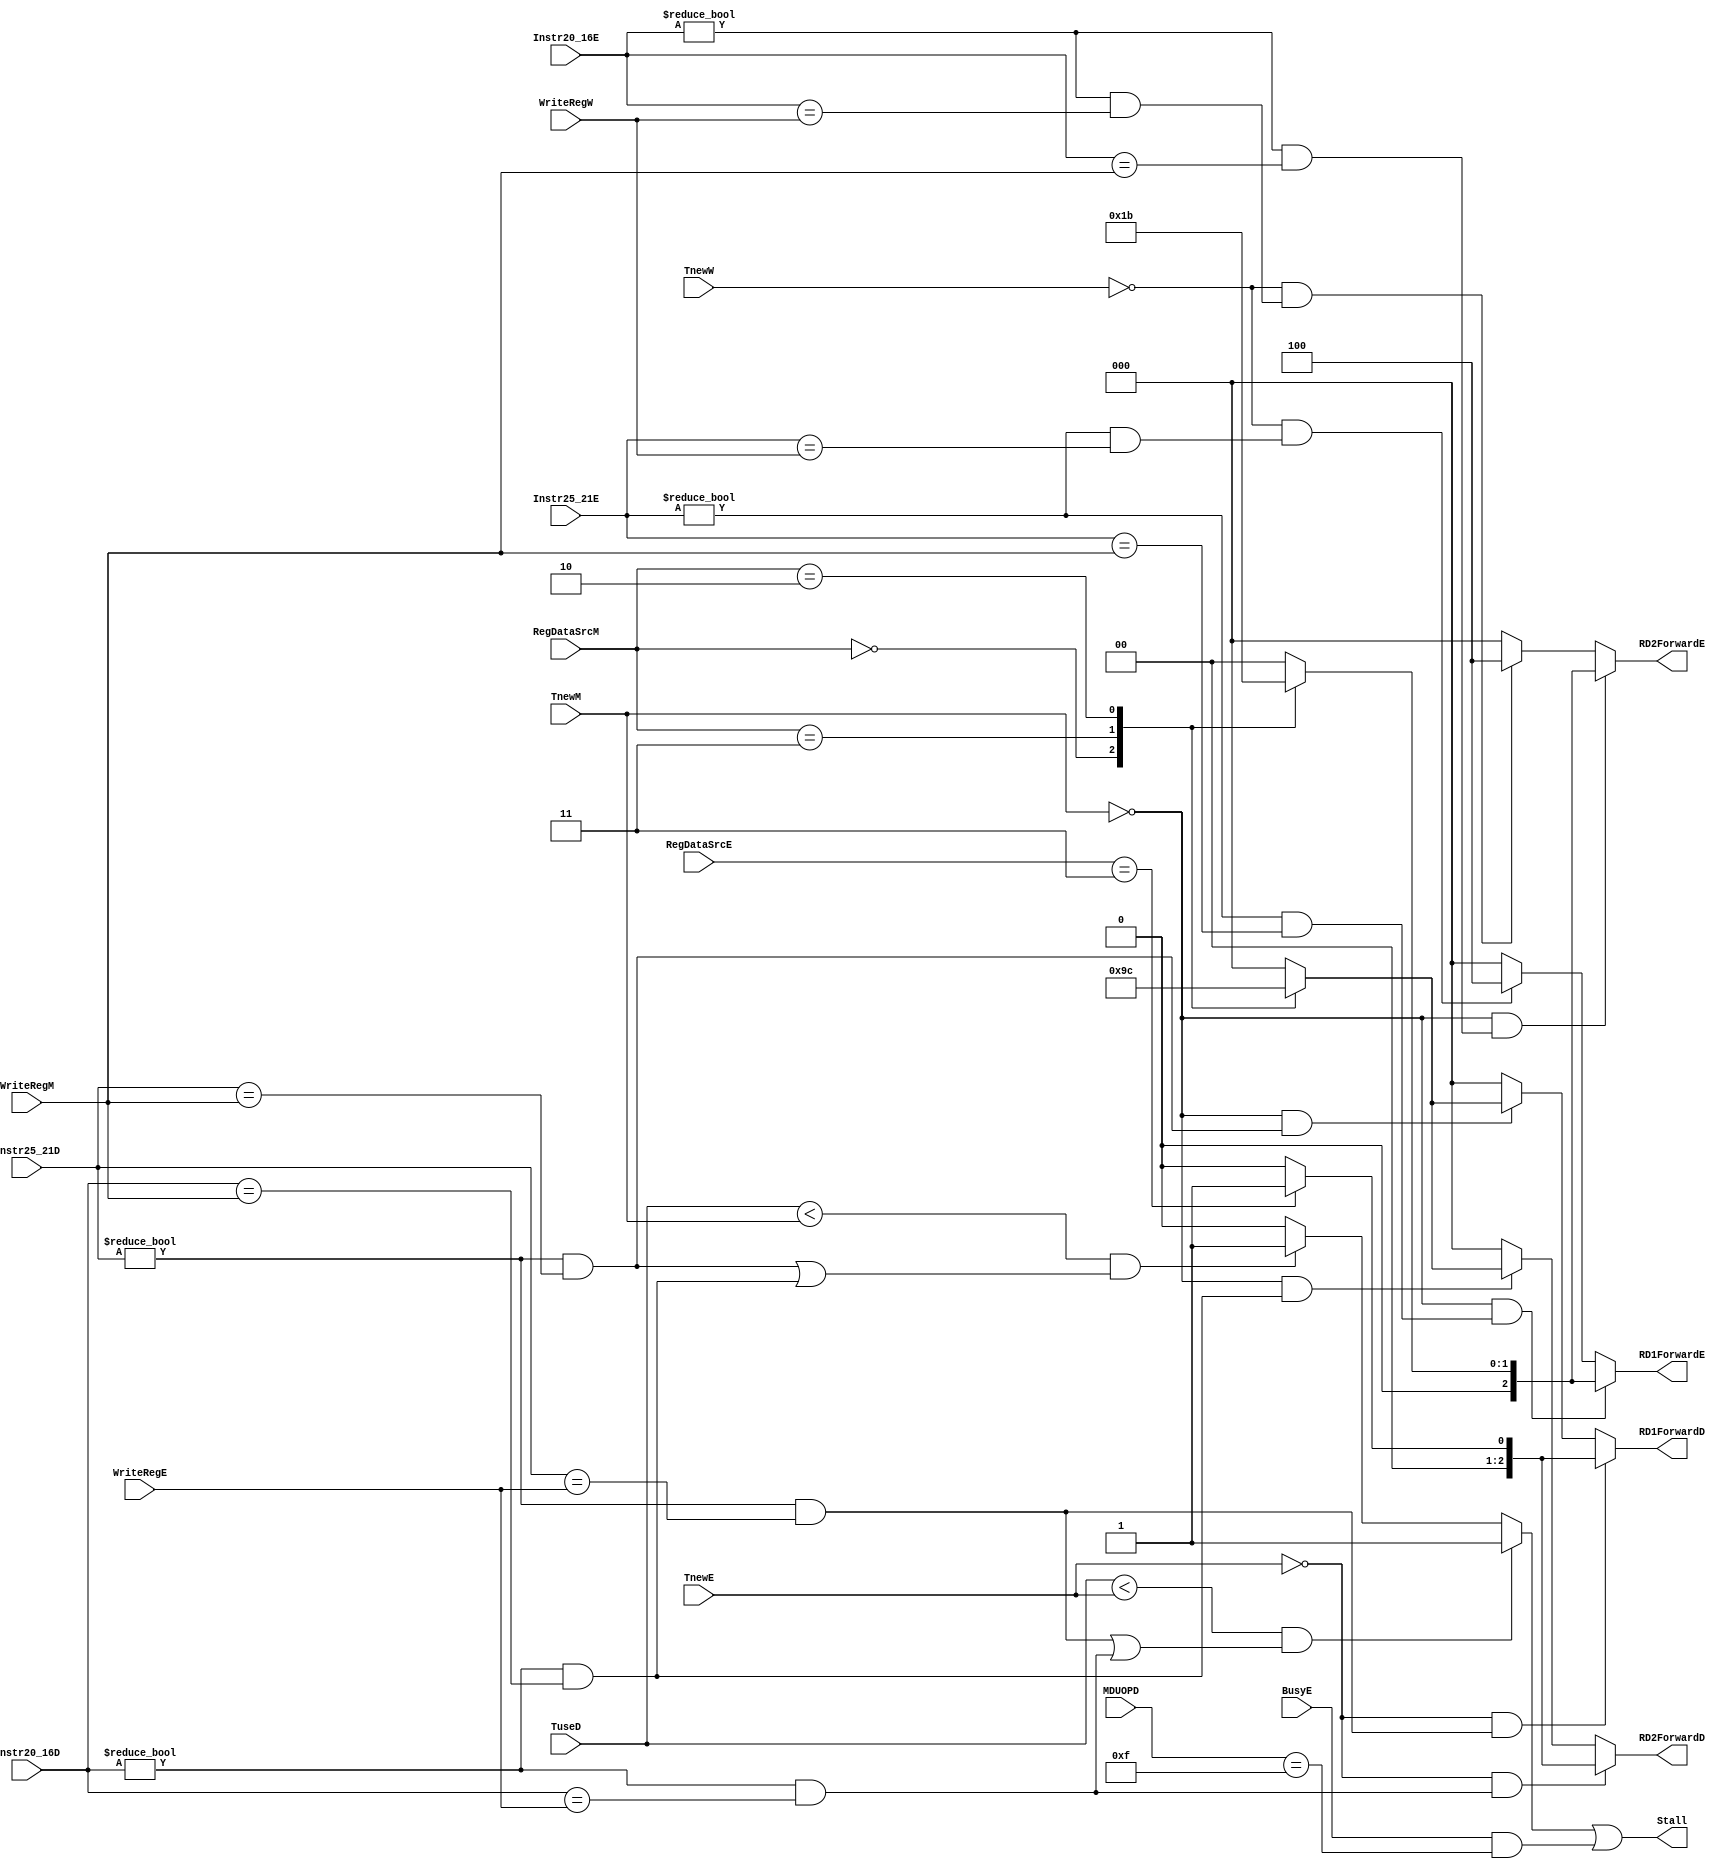
`timescale 1ns / 1ps
`default_nettype none
`define ALUType 3'b000
`define MemType 3'b001
`define MDUType 3'b010
`define PC8Type 3'b011
module HazardUnit (
    input wire [1:0] TuseD,
    input wire [4:0] Instr25_21D,
    input wire [4:0] Instr20_16D,

    input wire [1:0] TnewE,
    input wire [4:0] Instr25_21E,
    input wire [4:0] Instr20_16E,
    input wire [4:0] WriteRegE,
    input wire [2:0] RegDataSrcE,

    input wire [1:0] TnewM,
    input wire [4:0] WriteRegM,
    input wire [2:0] RegDataSrcM,

    input wire [1:0] TnewW,
    input wire [4:0] WriteRegW,

    input wire BusyE,
    input wire [3:0] MDUOPD,

    output wire [2:0] RD1ForwardD, RD2ForwardD, RD1ForwardE, RD2ForwardE,
    output wire Stall
);
    reg [2:0] RD1ForwardDReg, RD2ForwardDReg, RD1ForwardEReg, RD2ForwardEReg;
    reg StallReg;
    assign RD1ForwardD = RD1ForwardDReg;
    assign RD2ForwardD = RD2ForwardDReg;
    assign RD1ForwardE = RD1ForwardEReg;
    assign RD2ForwardE = RD2ForwardEReg;
    assign Stall = StallReg || (BusyE && MDUOPD == 4'b1111);
    always @(*) begin
        // GPR Stall
        StallReg = 1'd0;
        if ((TuseD < TnewE) &&
            ((Instr25_21D != 5'd0 && Instr25_21D == WriteRegE) || (Instr20_16D != 5'd0 && Instr20_16D == WriteRegE))) begin
                StallReg = 1'b1;
        end else if ((TuseD < TnewM) &&
            ((Instr25_21D != 5'd0 && Instr25_21D == WriteRegM) || (Instr20_16D != 5'd0 && Instr20_16D == WriteRegM))) begin
                StallReg = 1'b1;
        end 

        // TODO: MD Stall

        // Forward In D
        RD1ForwardDReg = 3'd0;
        if ((TnewE == 2'd0) && (Instr25_21D != 5'd0 && Instr25_21D == WriteRegE)) begin
            case (RegDataSrcE)
                `PC8Type: RD1ForwardDReg = 3'd1; 
            endcase
        end else if ((TnewM == 2'd0) && (Instr25_21D != 5'd0 && Instr25_21D == WriteRegM)) begin
                case (RegDataSrcM)
                    `ALUType: RD1ForwardDReg = 3'd2;
                    `PC8Type: RD1ForwardDReg = 3'd3; 
                    `MDUType: RD1ForwardDReg = 3'd4;
                endcase
        end

        RD2ForwardDReg = 3'd0;
        if ((TnewE == 2'd0) && (Instr20_16D != 5'd0 && Instr20_16D == WriteRegE)) begin
            case (RegDataSrcE)
                `PC8Type: RD2ForwardDReg = 3'd1;
            endcase
        end else if ((TnewM == 2'd0) && (Instr20_16D != 5'd0 && Instr20_16D == WriteRegM)) begin
                case (RegDataSrcM)
                    `ALUType: RD2ForwardDReg = 3'd2;
                    `PC8Type: RD2ForwardDReg = 3'd3;
                    `MDUType: RD2ForwardDReg = 3'd4;
                endcase
        end // else if TnewW == 2'd0 GRF

        // Forward In E
        RD1ForwardEReg = 3'd0;
        if ((TnewM == 2'd0) && (Instr25_21E != 5'd0 && Instr25_21E == WriteRegM)) begin
            case (RegDataSrcM)
                `ALUType: RD1ForwardEReg = 3'd1;
                `PC8Type: RD1ForwardEReg = 3'd2; 
                `MDUType: RD1ForwardEReg = 3'd3; 
            endcase
        end else if ((TnewW == 2'd0) && (Instr25_21E != 5'd0 && Instr25_21E == WriteRegW)) begin
            RD1ForwardEReg = 3'd4;
        end

        RD2ForwardEReg = 3'd0;
        if ((TnewM == 2'd0) && (Instr20_16E != 5'd0 && Instr20_16E == WriteRegM)) begin
            case (RegDataSrcM)
                `ALUType: RD2ForwardEReg = 3'd1;
                `PC8Type: RD2ForwardEReg = 3'd2; 
                `MDUType: RD2ForwardEReg = 3'd3; 
            endcase
        end else if ((TnewW == 2'd0) && (Instr20_16E != 5'd0 && Instr20_16E == WriteRegW)) begin
            RD2ForwardEReg = 3'd4;
        end
    end
endmodule